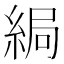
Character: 𦀯